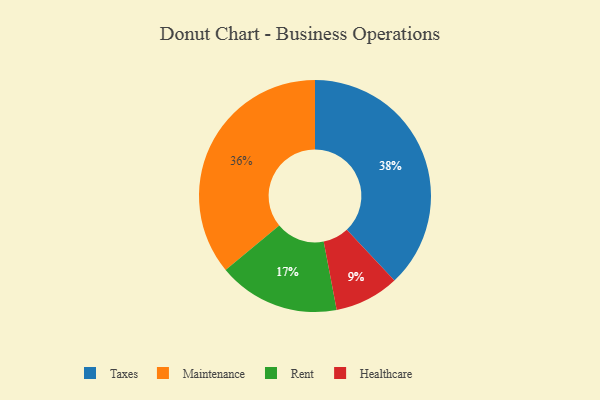
{"axis": {"x": "Category", "y": "Percentage"}, "legend": ["Healthcare", "Maintenance", "Rent", "Taxes"], "data": [{"x": "Maintenance", "y": 36, "type": "Maintenance"}, {"x": "Healthcare", "y": 9, "type": "Healthcare"}, {"x": "Rent", "y": 17, "type": "Rent"}, {"x": "Taxes", "y": 38, "type": "Taxes"}]}